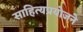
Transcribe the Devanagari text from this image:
साहित्यप्रयोजने